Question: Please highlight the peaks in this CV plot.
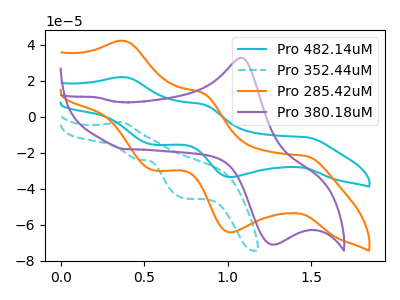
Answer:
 <answer>The cyan curve "Pro 482.14uM" has anodic peaks at (0.40V, 21.95uA) (0.85V, 6.90uA) and cathodic peaks at (1.45V, -11.35uA) (1.00V, -33.50uA) (0.55V, -15.55uA). The cyan dashed curve "Pro 352.44uM" has an anodic peak at (0.35V, -3.10uA) and cathodic peaks at (0.45V, -23.85uA) (0.75V, -45.35uA). The orange curve "Pro 285.42uM" has anodic peaks at (0.40V, 42.10uA) (0.85V, 13.25uA) and cathodic peaks at (1.45V, -21.75uA) (1.00V, -64.20uA) (0.55V, -29.75uA). The purple curve "Pro 380.18uM" has an anodic peak at (1.10V, 32.65uA) and a cathodic peak at (1.30V, -70.95uA).</answer>
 <eval></eval>